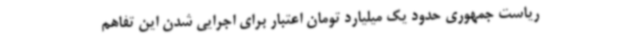
ریاست جمهوری حدود یک میلیارد تومان اعتبار برای اجرایی شدن این تفاهم